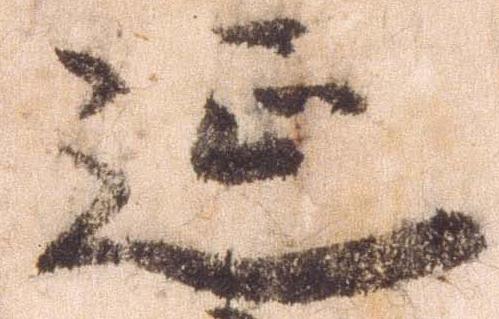
延